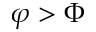
\varphi > \Phi